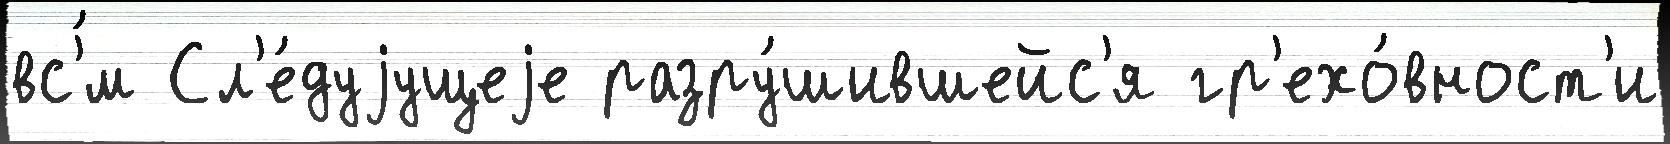
вс'́м Сл'е́дуjущеjе разру́шившейс'я гр'ехо́вност'и